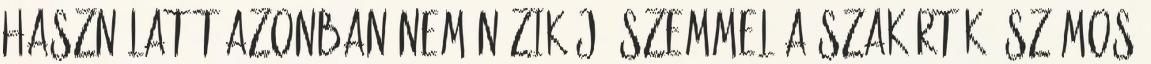
használatát azonban nem nézik jó szemmel a szakértők. Számos